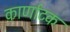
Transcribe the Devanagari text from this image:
कार्णाटक